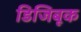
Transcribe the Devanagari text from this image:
डिजिबूक